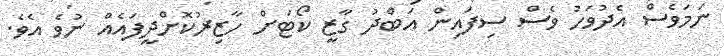
ނަމަވެސް އެދުވަހު ވެސް ސިފައިން އަބްދު ގާޒީ ކޯޓަށް ހާޒިރުކޮށްދީފައެއް ނުވެ އެވެ.